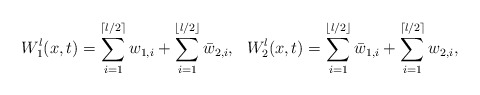
\begin{align*} W^l_1(x,t)=\sum_{i=1}^{\lceil l/2\rceil}{w}_{1,i}+\sum_{i=1}^{\lfloor l/2\rfloor}\bar{w}_{2,i},\ \ W_2^l(x,t)=\sum_{i=1}^{\lfloor l/2\rfloor}\bar{w}_{1,i}+\sum_{i=1}^{\lceil l/2\rceil}{w}_{2,i},\end{align*}